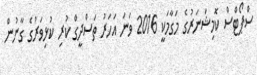
ސްޕޯޓްސް ކޮމިޝަނަރުގެ މަގާމަކީ 2016 ވަނަ އަހަރު ތަސްދީގް ކުރި ކުޅިވަރުގެ ގާނުން